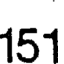
151